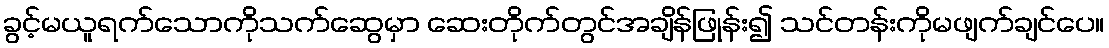
ခွင့်မယူရက်သောကိုသက်ဆွေမှာ ဆေးတိုက်တွင်အချိန်ဖြုန်း၍ သင်တန်းကိုမဖျက်ချင်ပေ။